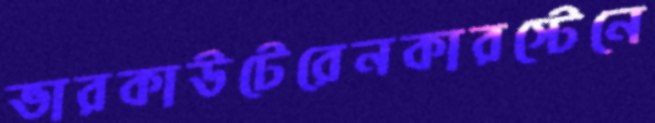
ভারকাউটেরেনকারস্টেনে